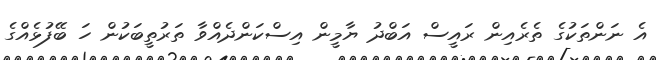
އެ ނަންތަކުގެ ތެރެއިން ރައީސް އަބްދު ޔާމީން އިސްކަންދެއްވާ ތަރުތީބަކުން ހަ ބޭފުޅެއްގެ